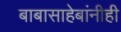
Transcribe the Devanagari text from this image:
बाबासाहेबांनीही